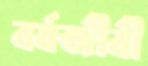
বর্ষজীবী